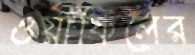
ওয়াকিলের